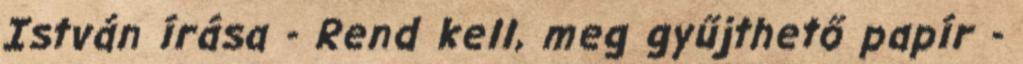
István írása - Rend kell, meg gyűjthető papír -